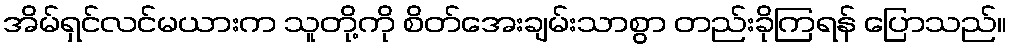
အိမ်ရှင်လင်မယားက သူတို့ကို စိတ်အေးချမ်းသာစွာ တည်းခိုကြရန် ပြောသည်။